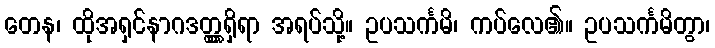
တေန၊ ထိုအရှင်နာဂဒတ္တ္တရှိရာ အရပ်သို့။ ဥပသင်္ကမိ၊ ကပ်လေ၏။ ဥပသင်္ကမိတွာ၊